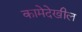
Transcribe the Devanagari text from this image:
कामेदेखील